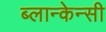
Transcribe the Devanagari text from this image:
ब्लान्केन्सी